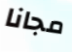
مجانا